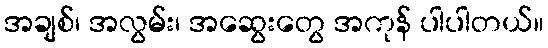
အချစ်၊ အလွမ်း၊ အဆွေးတွေ အကုန် ပါပါတယ်။